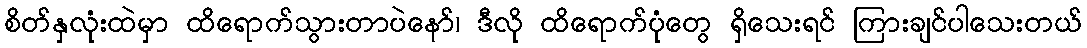
စိတ်နှလုံးထဲမှာ ထိရောက်သွားတာပဲနော်၊ ဒီလို ထိရောက်ပုံတွေ ရှိသေးရင် ကြားချင်ပါသေးတယ်